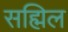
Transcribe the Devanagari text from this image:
सह्मिल